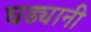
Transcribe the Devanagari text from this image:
घड्यानी